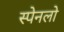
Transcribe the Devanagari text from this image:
स्पेनलो